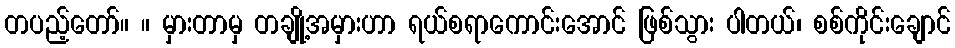
တပည့်တော်။ ။ မှားတာမှ တချို့အမှားဟာ ရယ်စရာကောင်းအောင် ဖြစ်သွား ပါတယ်၊ စစ်ကိုင်းချောင်